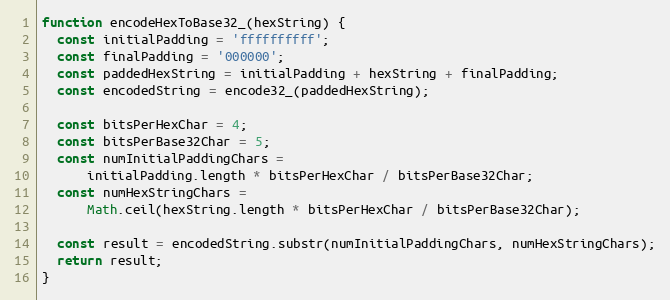
Language: JavaScript
function encodeHexToBase32_(hexString) {
  const initialPadding = 'ffffffffff';
  const finalPadding = '000000';
  const paddedHexString = initialPadding + hexString + finalPadding;
  const encodedString = encode32_(paddedHexString);

  const bitsPerHexChar = 4;
  const bitsPerBase32Char = 5;
  const numInitialPaddingChars =
      initialPadding.length * bitsPerHexChar / bitsPerBase32Char;
  const numHexStringChars =
      Math.ceil(hexString.length * bitsPerHexChar / bitsPerBase32Char);

  const result = encodedString.substr(numInitialPaddingChars, numHexStringChars);
  return result;
}